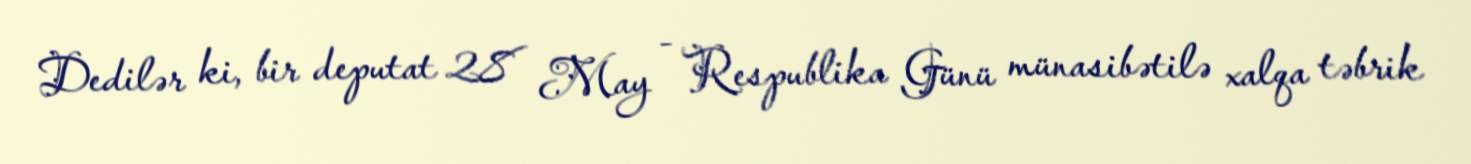
Dedilər ki, bir deputat 28 May - Respublika Günü münasibətilə xalqa təbrik